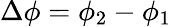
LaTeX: \Delta\phi=\phi_{2}-\phi_{1}